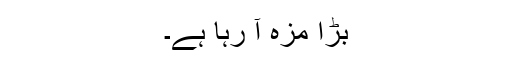
بڑا مزہ آ رہا ہے۔